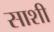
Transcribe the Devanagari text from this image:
साशी